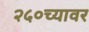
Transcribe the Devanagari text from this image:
२५०च्यावर